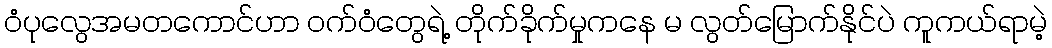
ဝံပုလွေအမတကောင်ဟာ ဝက်ဝံတွေရဲ့ တိုက်ခိုက်မှုကနေ မ လွတ်မြောက်နိုင်ပဲ ကူကယ်ရာမဲ့